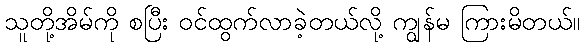
သူတို့အိမ်ကို စပြီး ဝင်ထွက်လာခဲ့တယ်လို့ ကျွန်မ ကြားမိတယ်။